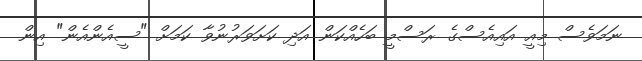
ނަމަވެސް މިއީ އައިއެސްގެ ރަސްމީ ބަހެއްކަން އަދި ކަށަވަރުނުވާ ކަމަށް "ސީއެންއެން" އިން